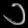
Digit: ၁